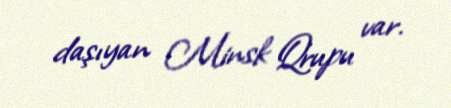
daşıyan Minsk Qrupu var.